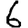
Digit: 6